Annual returns of the Patna Lunatic Asylum at Bankipore in Bihar and Orissa - 1912-1924
Year: 1912
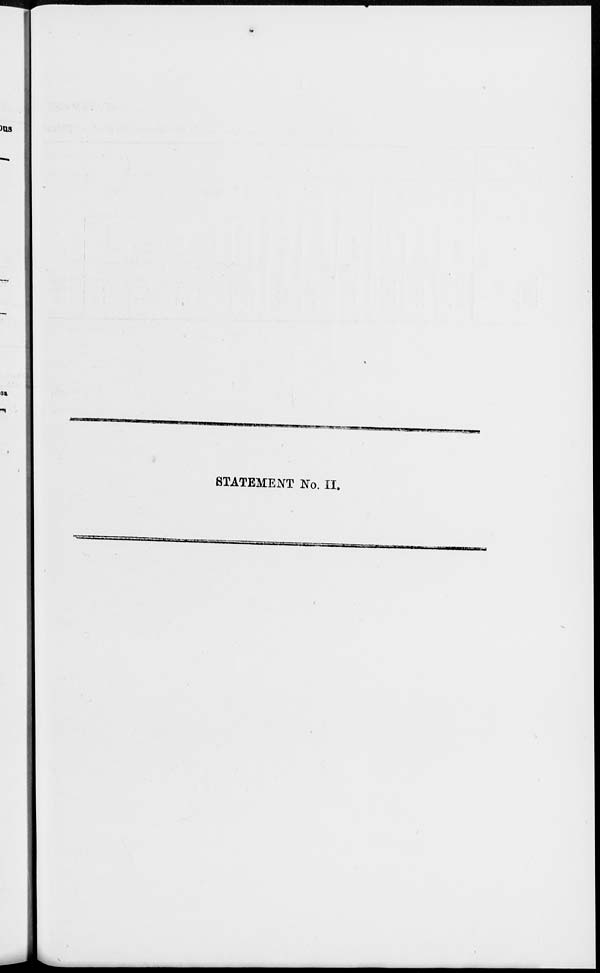
STATEMENT No. II.